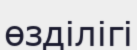
өзділігі